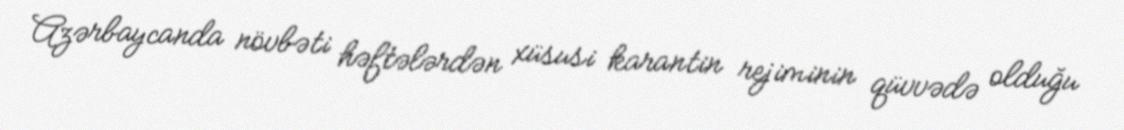
Azərbaycanda növbəti həftələrdən xüsusi karantin rejiminin qüvvədə olduğu